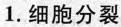
1.细胞分裂